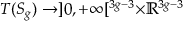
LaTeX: T ( S _ { g } ) \to ] 0 , + \infty [ ^ { 3 g - 3 } \times \mathbb { R } ^ { 3 g - 3 }